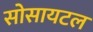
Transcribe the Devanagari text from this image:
सोसायटल